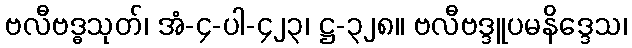
ဗလီဗဒ္ဓသုတ်၊ အံ-၄-ပါ-၄၂၃၊ ဋ္ဌ-၃၂၈။ ဗလီဗဒ္ဒူပမနိဒ္ဒေသ၊